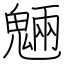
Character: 魎